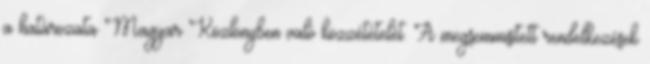
a határozata Magyar Közlönyben való közzétételét. A megsemmisített rendelkezések